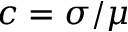
c = \sigma / \mu